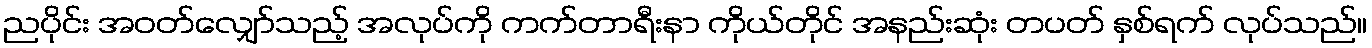
ညပိုင်း အဝတ်လျှော်သည့် အလုပ်ကို ကက်တာရီးနာ ကိုယ်တိုင် အနည်းဆုံး တပတ် နှစ်ရက် လုပ်သည်။